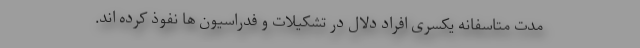
مدت متاسفانه یکسری افراد دلال در تشکیلات و فدراسیون ها نفوذ کرده اند.